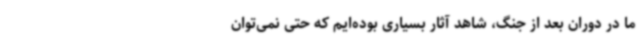
ما در دوران بعد از جنگ، شاهد آثار بسیاری بوده‌ایم که حتی نمی‌توان